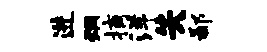
进炯摘洋失鄙